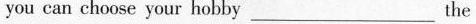
you can choose your hobby___the